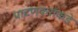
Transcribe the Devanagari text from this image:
पाटणकरांकडे